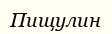
Пищулин